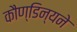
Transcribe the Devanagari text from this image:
कौण्डिन्यने